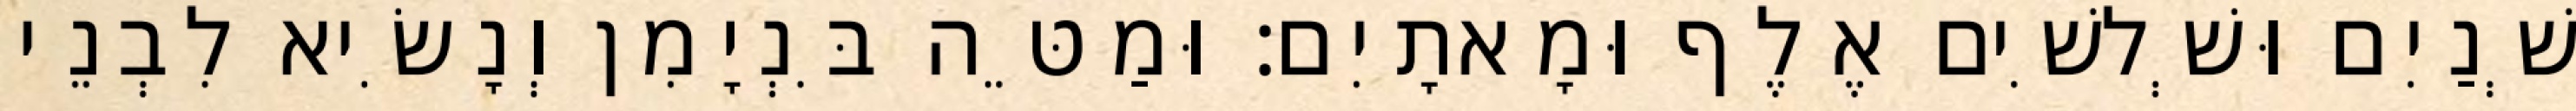
שְׁנַיִם וּשְׁלשִׁים אֶלֶף וּמָאתָיִם׃ וּמַטֵּה בִּנְיָמִן וְנָשִׂיא לִבְנֵי